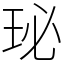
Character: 珌